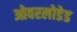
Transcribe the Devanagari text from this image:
ओवरलोडेड